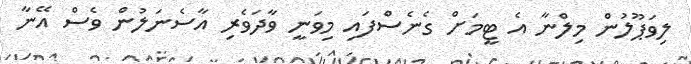
ލިވަޕޫލުން މިލްނާ އެ ޓީމަށް ގެނެސްފައި މިވަނީ ވާދަވެރި އާސެނަލުން ވެސް އޭނާ